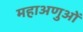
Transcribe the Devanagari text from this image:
महाअणुओं